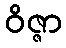
ဝိဇ္ဇာ